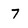
Character: 7